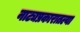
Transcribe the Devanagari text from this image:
नाट्यप्रकारातल्या